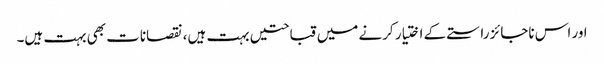
اور اس ناجائز راستے کے اختیار کرنے میں قباحتیں بہت ہیں، نقصانات بھی بہت ہیں۔